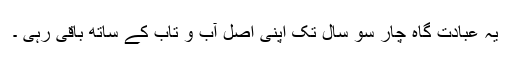
یہ عبادت گاہ چار سو سال تک اپنی اصل آب و تاب کے ساتھ باقی رہی ۔